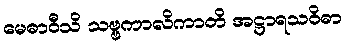
မေဓာဝီသိ သဗ္ဗကာလိကာတိ အဋ္ဌာရသဝိဓာ